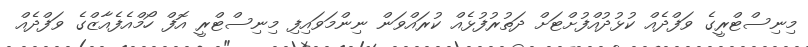
މިނިސްޓްރީގެ ވަފްދެއް ކުޅުދުއްފުށްޓަށް ދަތުރުފުޅެއް ކުރައްވަން ނިންމަވައިފި މިނިސްޓްރީ އޮފް ހޯމްއެފެއާޒްގެ ވަފްދެއް